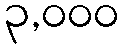
၃,၀၀၀